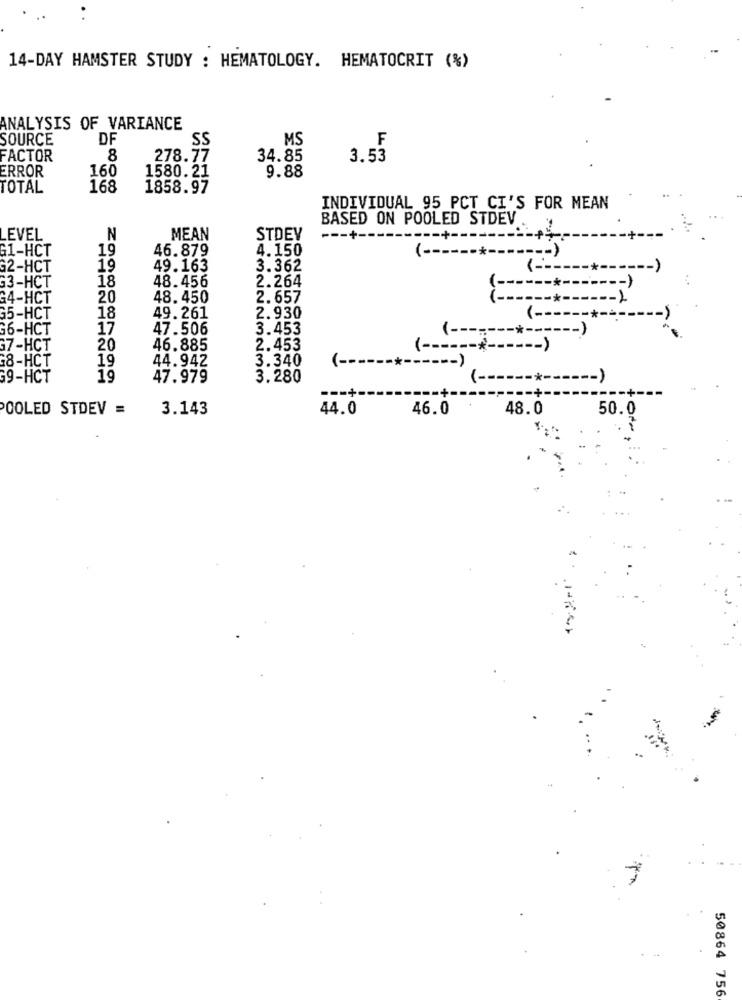
14-DAY HAMSTER STUDY : HEMATOLOGY. HEMATOCRIT (%)
ANALYSIS OF VARIANCE
SOURCE
DF
MS
F
SS
FACTOR
8
278.77
34.85
3.53
ERROR
160
1580.21
9.88
TOTAL
168
1858.97
INDIVIDUAL 95 PCT CI'S FOR MEAN
BASED ON POOLED STDEV
LEVEL
N
MEAN
STDEY
--- +-
G1-HCT
19
46.879
4.150
G2-HCT
19
49.163
3.362
G3-HCT
18
48.456
2.264
G4-HCT
20
48.450
2.657
$5-HCT
18
49.261
2.930
( --
G6-HCT
17
47.506
3.453
( --
--- )
G7-HCT
20
46.885
2.453
( -----------
G8-HCT
19
44.942
3.340
( --------
9-HCT
19
47.979
3.280
1-
---.
-*------ )
POOLED STDEV =
3.143
44.0
46.0
48.0
50.0
50864 756